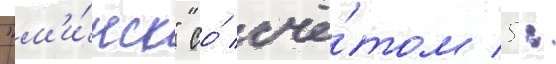
"м'и́нск" со́ счё́том 5: